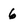
Character: 6